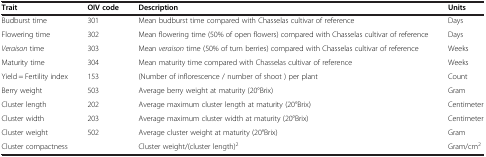
<table><thead><tr><td><b>Trait</b></td><td><b>OIV code</b></td><td><b>Description</b></td><td><b>Units</b></td></tr></thead><tbody><tr><td>Budburst time</td><td>301</td><td>Mean budburst time compared with Chasselas cultivar of reference</td><td>Days</td></tr><tr><td>Flowering time</td><td>302</td><td>Mean flowering time (50% of open flowers) compared with Chasselascultivar of reference</td><td>Days</td></tr><tr><td><i>Veraison</i> time</td><td>303</td><td>Mean <i>veraison</i> time (50% of turn berries) compared withChasselas cultivar of reference</td><td>Weeks</td></tr><tr><td>Maturity time</td><td>304</td><td>Mean maturity time compared with Chasselas cultivar of reference</td><td>Weeks</td></tr><tr><td>Yield = Fertility index</td><td>153</td><td>(Number of inflorescence / number of shoot ) per plant</td><td>Count</td></tr><tr><td>Berry weight</td><td>503</td><td>Average berry weight at maturity (20°Brix)</td><td>Gram</td></tr><tr><td>Cluster length</td><td>202</td><td>Average maximum cluster length at maturity (20°Brix)</td><td>Centimeter</td></tr><tr><td>Cluster width</td><td>203</td><td>Average maximum cluster width at maturity (20°Brix)</td><td>Centimeter</td></tr><tr><td>Cluster weight</td><td>502</td><td>Average cluster weight at maturity (20°Brix)</td><td>Gram</td></tr><tr><td>Cluster compactness</td><td> </td><td>Cluster weight/(cluster length)<sup>2</sup></td><td>Gram/cm<sup>2</sup></td></tr></tbody></table>